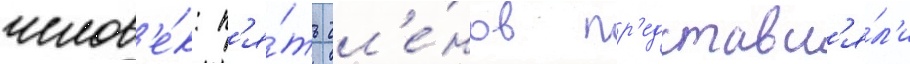
челов'е́к: п'я́ть чл'е́нов пр'едставл'я́л'и